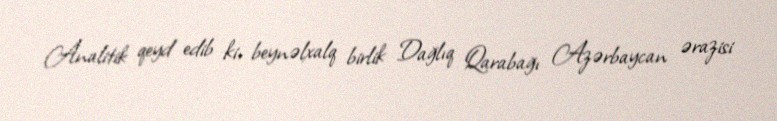
Analitik qeyd edib ki, beynəlxalq birlik Dağlıq Qarabağı Azərbaycan ərazisi